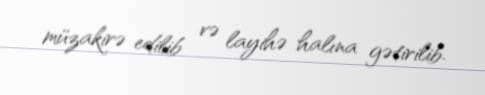
müzakirə edilib və layihə halına gətirilib.